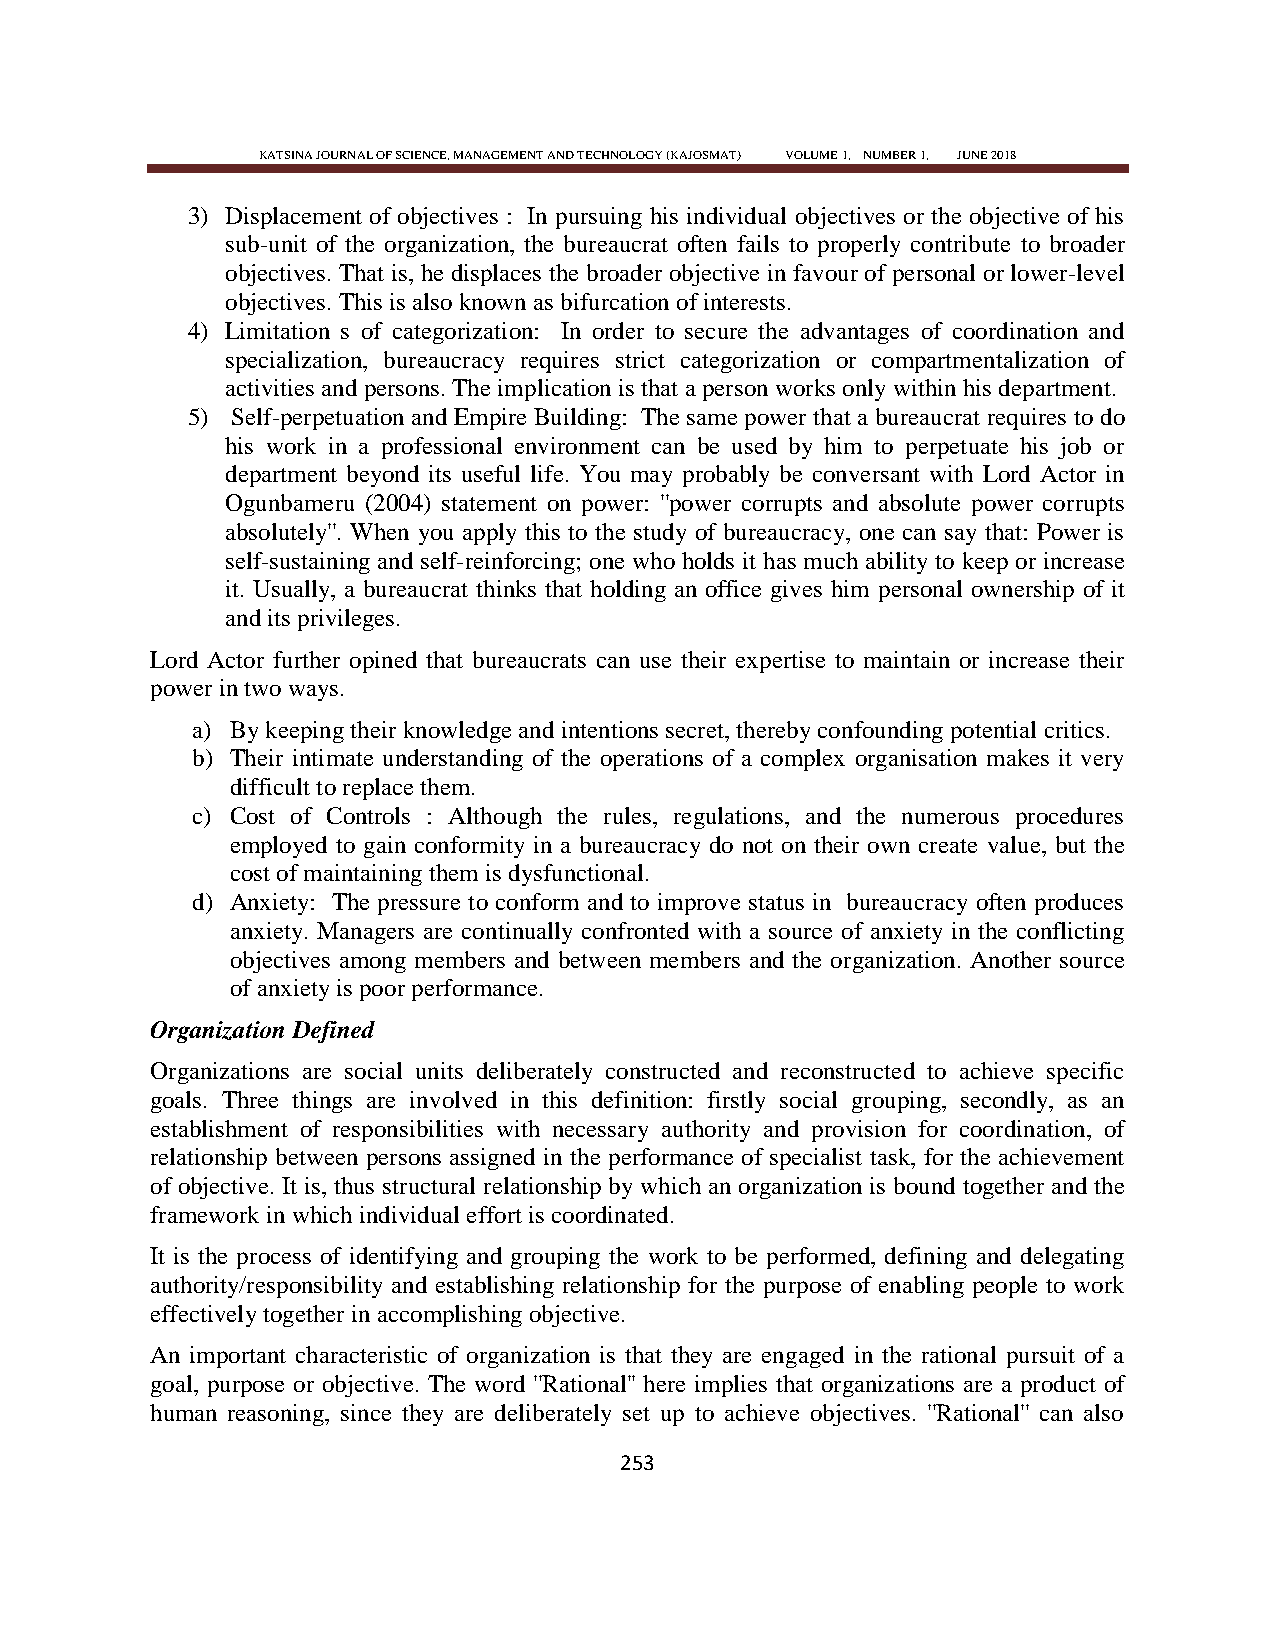
KATSINA JOURNAL OF SCIENCE, MANAGEMENT AND TECHNOLOGY (KAJOSMAT) VOLUME 1, NUMBER 1, JUNE 2018
 3) Displacement of objectives : In pursuing his individual objectives or the objective of his
 sub-unit of the organization, the bureaucrat often fails to properly contribute to broader
 objectives. That is, he displaces the broader objective in favour of personal or lower-level
 objectives. This is also known as bifurcation of interests.
 4) Limitation s of categorization: In order to secure the advantages of coordination and
 specialization, bureaucracy requires strict categorization or compartmentalization of
 activities and persons. The implication is that a person works only within his department.
 5) Self-perpetuation and Empire Building: The same power that a bureaucrat requires to do
 his work in a professional environment can be used by him to perpetuate his job or
 department beyond its useful life. You may probably be conversant with Lord Actor in
 Ogunbameru (2004) statement on power: ''power corrupts and absolute power corrupts
 absolutely''. When you apply this to the study of bureaucracy, one can say that: Power is
 self-sustaining and self-reinforcing; one who holds it has much ability to keep or increase
 it. Usually, a bureaucrat thinks that holding an office gives him personal ownership of it
 and its privileges.
 Lord Actor further opined that bureaucrats can use their expertise to maintain or increase their
 power in two ways.
 a) By keeping their knowledge and intentions secret, thereby confounding potential critics.
 b) Their intimate understanding of the operations of a complex organisation makes it very
 difficult to replace them.
 c) Cost of Controls : Although the rules, regulations, and the numerous procedures
 employed to gain conformity in a bureaucracy do not on their own create value, but the
 cost of maintaining them is dysfunctional.
 d) Anxiety: The pressure to conform and to improve status in bureaucracy often produces
 anxiety. Managers are continually confronted with a source of anxiety in the conflicting
 objectives among members and between members and the organization. Another source
 of anxiety is poor performance.
 Organization Defined
 Organizations are social units deliberately constructed and reconstructed to achieve specific
 goals. Three things are involved in this definition: firstly social grouping, secondly, as an
 establishment of responsibilities with necessary authority and provision for coordination, of
 relationship between persons assigned in the performance of specialist task, for the achievement
 of objective. It is, thus structural relationship by which an organization is bound together and the
 framework in which individual effort is coordinated.
 It is the process of identifying and grouping the work to be performed, defining and delegating
 authority/responsibility and establishing relationship for the purpose of enabling people to work
 effectively together in accomplishing objective.
 An important characteristic of organization is that they are engaged in the rational pursuit of a
 goal, purpose or objective. The word ''Rational'' here implies that organizations are a product of
 human reasoning, since they are deliberately set up to achieve objectives. ''Rational'' can also
 253